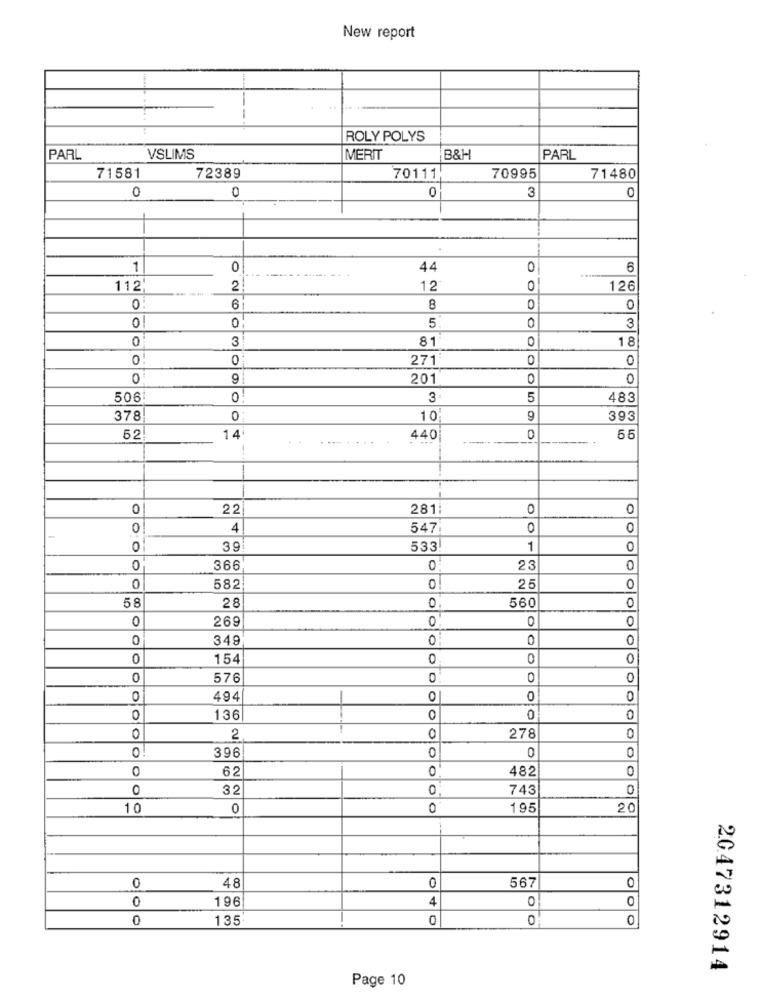
New report
ROLY POLYS
PARL
VSLIMS
MERIT
B&H
PARL
71581
72389
70111
70995
71480
0
0
0
3
0
1
0
44
O
6
------ -
112'
2
12
0
126
6
8
0
0
0
5
0
0
3
81
18
0
271
0
O
0
9:
201
0
506
3
5
483
378
0:
10
9
393
14
52
440
--
0
56
0
22
281:
0
0
0
4
547
0
0
-
0
39
533
1
0
366
0
23
0
582
0!
25
0
58
28
560
0
0.
0
269
0
0
0
0
349
0
0
154
0
0
0
576
0
0
0
494
0
0
0
0
136
0
0
0
2
0
278
0
0
0
396
62
0
482
32
0
743
0
1 0
0
0
195
20
48
0
567
0
0
0
196
4
0
135'
0
0
2047312914
Page 10